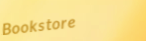
Bookstore